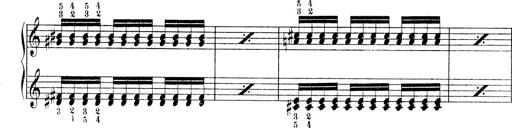
Title: Technische Studien
Composer: Franz Liszt